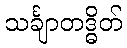
သင်္ချာတဒ္ဓိတ်